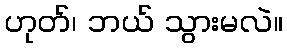
ဟုတ်၊ ဘယ် သွားမလဲ။